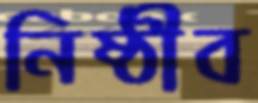
নিষ্ঠীব